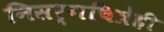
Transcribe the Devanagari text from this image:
निसर्गचित्रेही